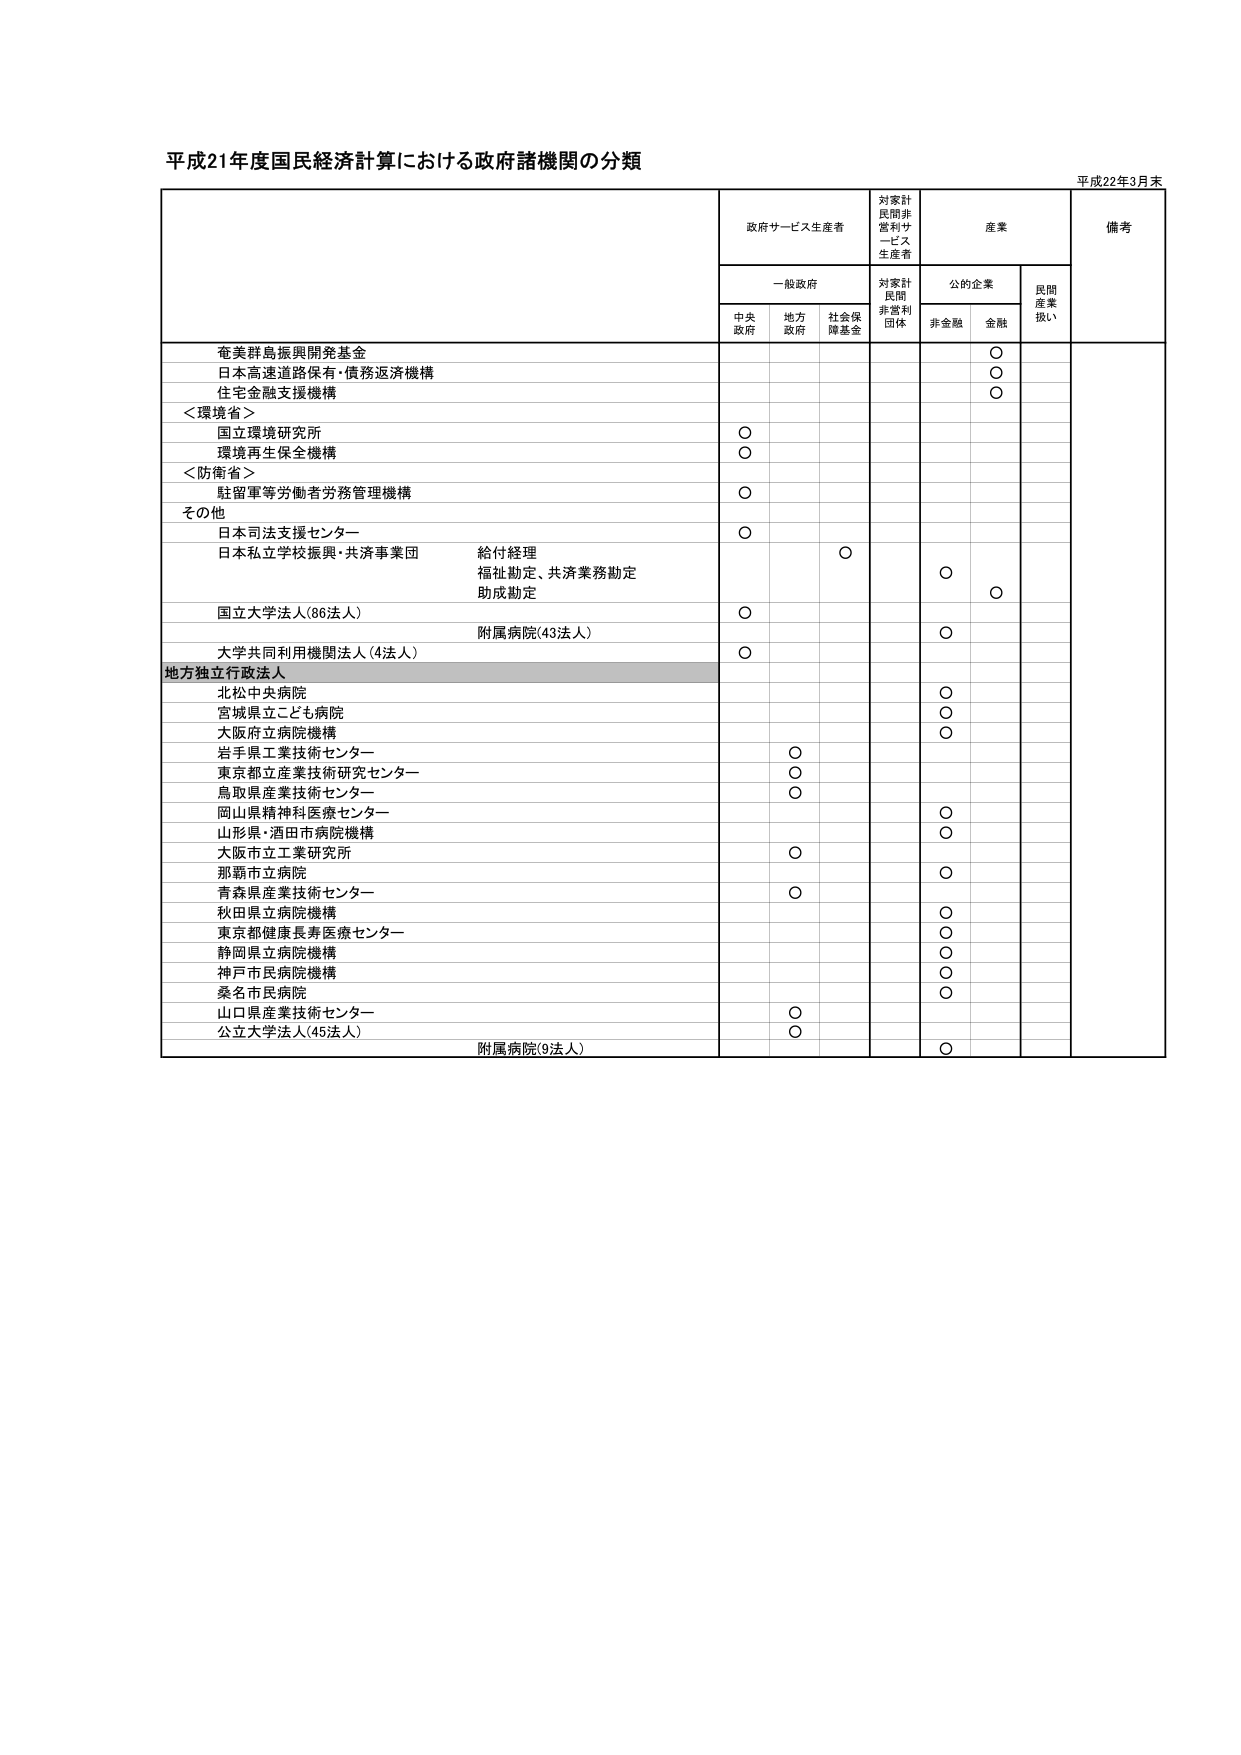
平成21年度国民経済計算における政府諸機関の分類

平成22年3月末

政府サービス生産者
対家計民間非営利サービス生産者
産業
備考

一般政府
対家計民間非営利団体
公的企業
民間産業扱い

中央政府
地方政府
社会保険基金
非金融
金融

奄美群島振興開発基金
○

日本高速道路保有・債務返済機構
○

住宅金融支援機構
○

＜環境省＞

国立環境研究所
○

環境再生保全機構
○

＜防衛省＞

駐留軍等労働者労務管理機構
○

その他

日本司法支援センター
○

日本私立学校振興・共済事業団
給付経理
福祉勘定、共済業務勘定
助成勘定
○
○

国立大学法人（86法人）
○
○

附属病院（43法人）
○

大学共同利用機関法人（4法人）
○

地方独立行政法人

北松中央病院
○

宮城県立こども病院
○

大阪府立病院機構
○

岩手県工業技術センター
○

東京都立産業技術研究センター
○

鳥取県産業技術センター
○

岡山県精神科医療センター
○

山形県・酒田市病院機構
○

大阪市立工業研究所
○

那覇市立病院
○

青森県産業技術センター
○

秋田県立病院機構
○

東京都健康長寿医療センター
○

静岡県立病院機構
○

神戸市民病院機構
○

桑名市民病院
○

山口県産業技術センター
○

公立大学法人（45法人）
○

附属病院（9法人）
○